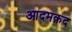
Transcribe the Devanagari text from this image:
आदमक़द